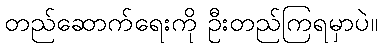
တည်ဆောက်ရေးကို ဦးတည်ကြရမှာပဲ။